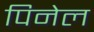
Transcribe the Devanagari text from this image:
पिनेल